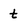
Character: t